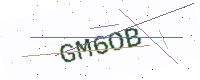
Text: GM6OB